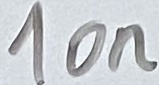
Text: 10n